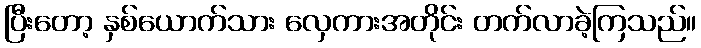
ပြီးတော့ နှစ်ယောက်သား လှေကားအတိုင်း တက်လာခဲ့ကြသည်။